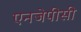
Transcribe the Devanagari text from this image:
एनजेपीसी